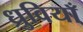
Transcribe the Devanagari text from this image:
ध्रुवियाँ